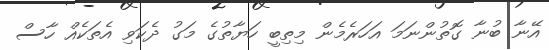
އޭނާ ބުނާ ގޮތުންނަމަ އަހަރެމެން މިތިބީ ހަޔާތުގެ މަގު ދެކަވި އެތަކެއް ހާސް